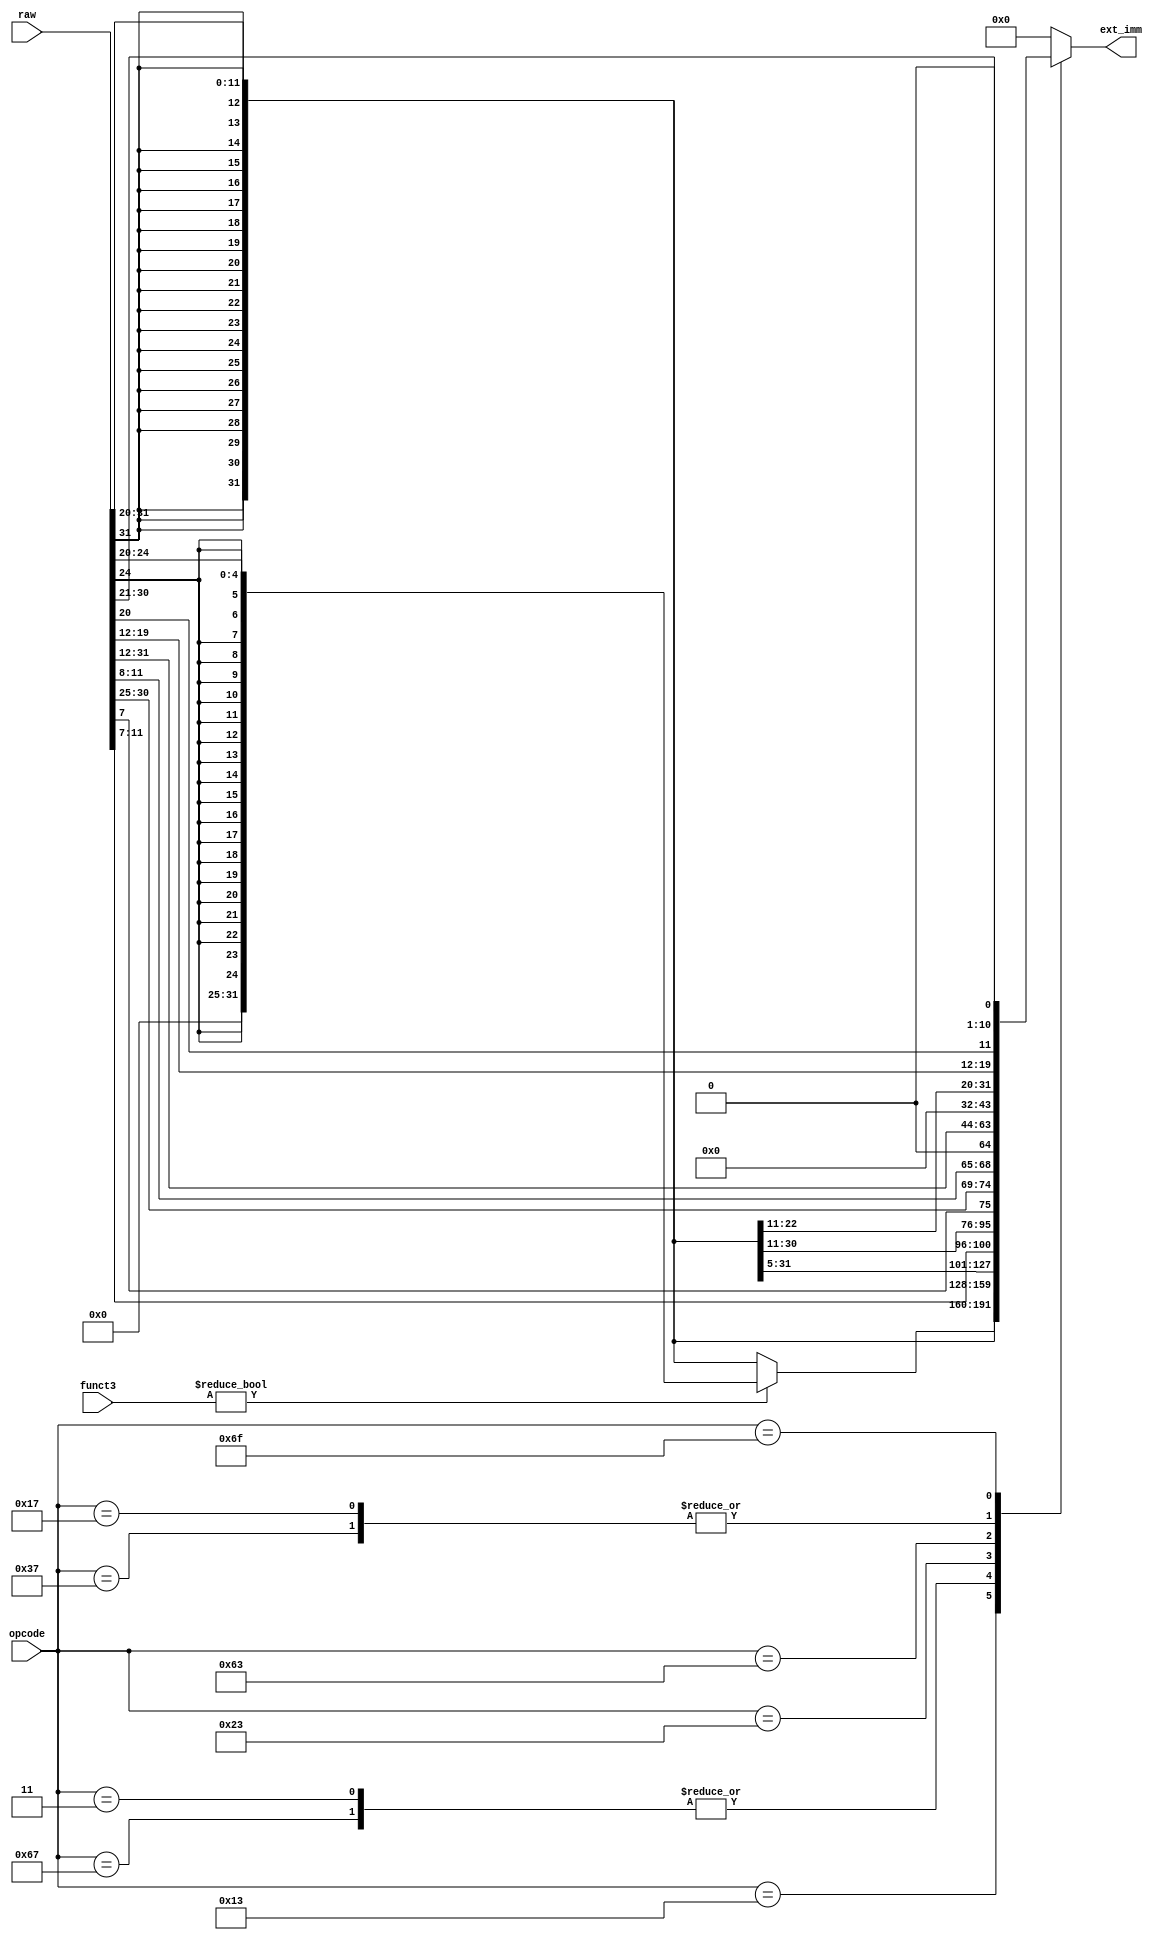
module imm_gen (
    input [31:0] raw,
    input [6:0] opcode,
    input [2:0] funct3,
    output reg [31:0] ext_imm
);
parameter R_TYPE = 7'b0110011; // ADD, SUB, AND, OR, XOR
parameter I_TYPE = 7'b0010011; // ADDI, SLLI, SRLI, SRAI
parameter I_LOAD = 7'b0000011; // LW
parameter S_TYPE = 7'b0100011; // SW
parameter I_JALR = 7'b1100111; // JALR
parameter B_TYPE = 7'b1100011; // BEQ, BLT, BLTU
parameter U_LUI = 7'b0110111; // LUI
parameter U_AUIPC = 7'b0010111; //AUIPC
parameter J_JAL  = 7'b1101111; // JAL

always @(*) begin
    case(opcode)
        R_TYPE: ext_imm = 0;
        I_TYPE: begin
            if (funct3)
                ext_imm = {{20{raw[24]}}, raw[24:20]};
            else 
                ext_imm = {{20{raw[31]}}, raw[31:20]};
        end
        I_JALR: ext_imm = {{20{raw[31]}}, raw[31:20]};
        I_LOAD: ext_imm = {{20{raw[31]}}, raw[31:20]};
        S_TYPE: ext_imm = {{20{raw[31]}}, raw[31:25], raw[11:7]};
        B_TYPE: ext_imm = {{19{raw[31]}}, raw[31], raw[7], raw[30:25], raw[11:8], {1'b0}};
        U_LUI: ext_imm = {raw[31:12], 12'b0};
        U_AUIPC: ext_imm = {raw[31:12], 12'b0};
        J_JAL: ext_imm = {{11{raw[31]}}, raw[31], raw[19:12], raw[20], raw[30:21], {1'b0}};
        default: ext_imm = 0;
    endcase
end
endmodule